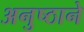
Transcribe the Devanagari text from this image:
अनुष्ठाने